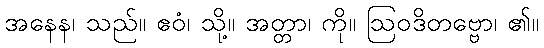
အနေန၊ သည်။ ဧဝံ၊ သို့။ အတ္တာ၊ ကို။ ဩဝဒိတဗ္ဗော၊ ၏။